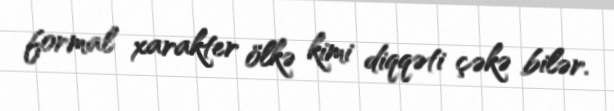
formal xarakter ölkə kimi diqqəti çəkə bilər.